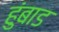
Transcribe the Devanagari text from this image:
हुंबाड